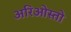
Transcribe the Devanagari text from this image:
अरिओस्तो